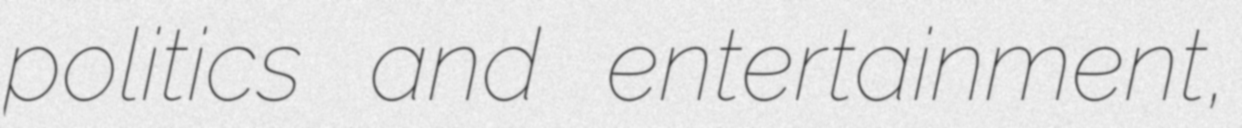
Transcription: politics and entertainment,